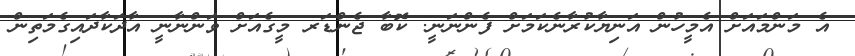
އެ މަންމައަށް އެމީހުން އަނިޔާކުރާނެކަމަށް ފެންނަނީ. ކޮބާ ޖެންޑަރ މީގެއަށް ވަންނާނީ އާދަކާދައިގެމަތިން